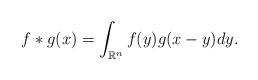
LaTeX: \begin{align*}f\ast g (x)=\int_{\mathbb{R}^n}f(y)g(x-y)dy. \end{align*}